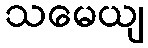
သမေယျ